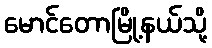
မောင်တောမြို့နယ်သို့